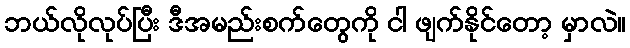
ဘယ်လိုလုပ်ပြီး ဒီအမည်းစက်တွေကို ငါ ဖျက်နိုင်တော့ မှာလဲ။